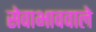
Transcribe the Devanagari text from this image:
सेवाभाववाले